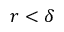
r < \delta